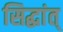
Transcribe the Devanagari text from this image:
सिद्धांत्‌